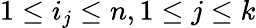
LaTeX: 1\leq i_{j}\leq n,1\leq j\leq k